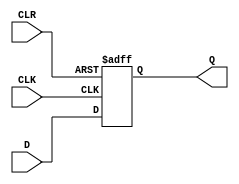
module d_ff_async_clear (
  input D,
  input CLK,
  input CLR,
  output reg Q
);

always @(posedge CLK or negedge CLR)
begin
  if (!CLR)
    Q <= 1'b0;
  else
    Q <= D;
end

endmodule